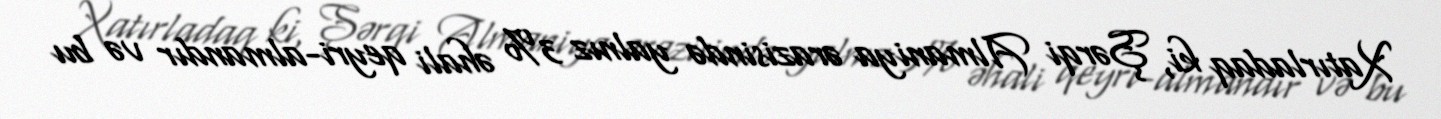
Xatırladaq ki, Şərqi Almaniya ərazisində yalnız 3% əhali qeyri-almandır və bu